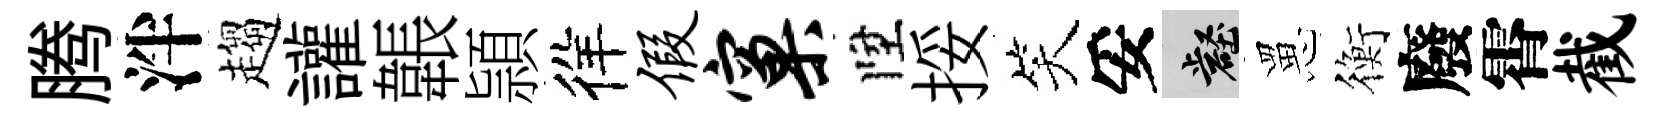
腾泮趨讙韔頴徉假窠陞挼笑妥壑罳衡廢霄截